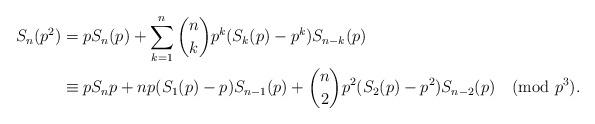
LaTeX: \begin{align*}S_n(p^2)&=p S_n(p)+\sum_{k=1}^n \binom{n}{k} p^{k} ( S_k(p)-p^{ k}) S_{n-k}(p)\\&\equiv p S_n{p}+np(S_1(p)-p) S_{n-1}(p)+ \binom{n}{2}p^2 (S_2(p)-p^2) S_{n-2}(p) \pmod{p^3}.\end{align*}